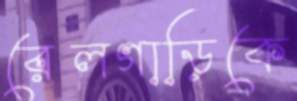
রেলগাড়িকে